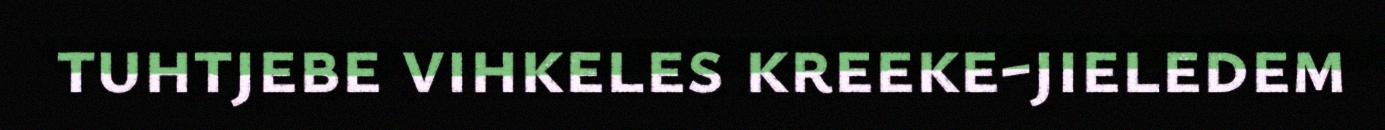
tuhtjebe vihkeles kreeke-jieledem